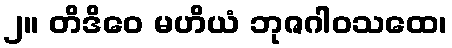
၂။ တိဒိဝေ မဟိယံ ဘုဇဂါဝသထေ၊